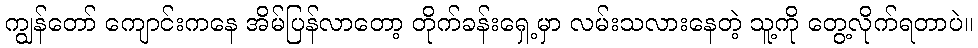
ကျွန်တော် ကျောင်းကနေ အိမ်ပြန်လာတော့ တိုက်ခန်းရှေ့မှာ လမ်းသလားနေတဲ့ သူ့ကို တွေ့လိုက်ရတာပဲ။